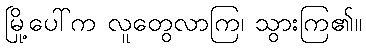
မြို့ပေါ်က လူတွေလာကြ၊ သွားကြ၏။